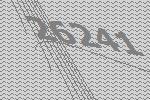
26241